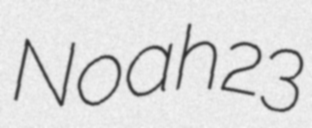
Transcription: Noah23